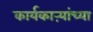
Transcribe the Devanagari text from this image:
कार्यकाऱ्यांच्या